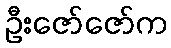
ဦးဇော်ဇော်က